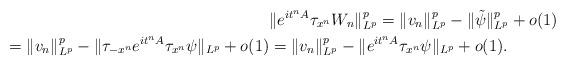
LaTeX: \begin{align*}&\|e^{it^n A} \tau_{x^n} W_n\|_{L^p}^p=\|v_n\|_{L^p}^p- \|\tilde\psi\|_{L^p}^p+ o(1)\\ = \|v_n\|_{L^p}^p- \|\tau_{-x^n} e^{it^n A} \tau_{x^n}\psi\|_{L^p}+ o(1)&= \|v_n\|_{L^p}^p- \|e^{it^n A} \tau_{x^n}\psi\|_{L^p}+ o(1).\end{align*}